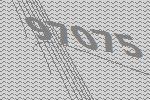
97075